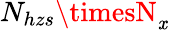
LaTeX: N_{hzs}\timesN_{\mathit{x}}